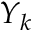
Y _ { k }